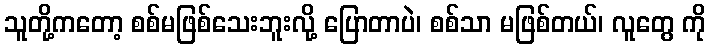
သူတို့ကတော့ စစ်မဖြစ်သေးဘူးလို့ ပြောတာပဲ၊ စစ်သာ မဖြစ်တယ်၊ လူတွေ ကို